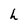
Character: h